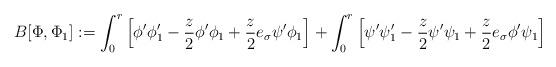
LaTeX: \begin{align*} B[\Phi,\Phi_1] :=\int_0^r \left[\phi'\phi'_1-\frac{z}{2}\phi'\phi_1+\frac{z}{2}e_\sigma\psi'\phi_1\right]+\int_0^r \left[\psi'\psi'_1-\frac{z}{2}\psi'\psi_1+\frac{z}{2}e_\sigma\phi'\psi_1\right]~\end{align*}